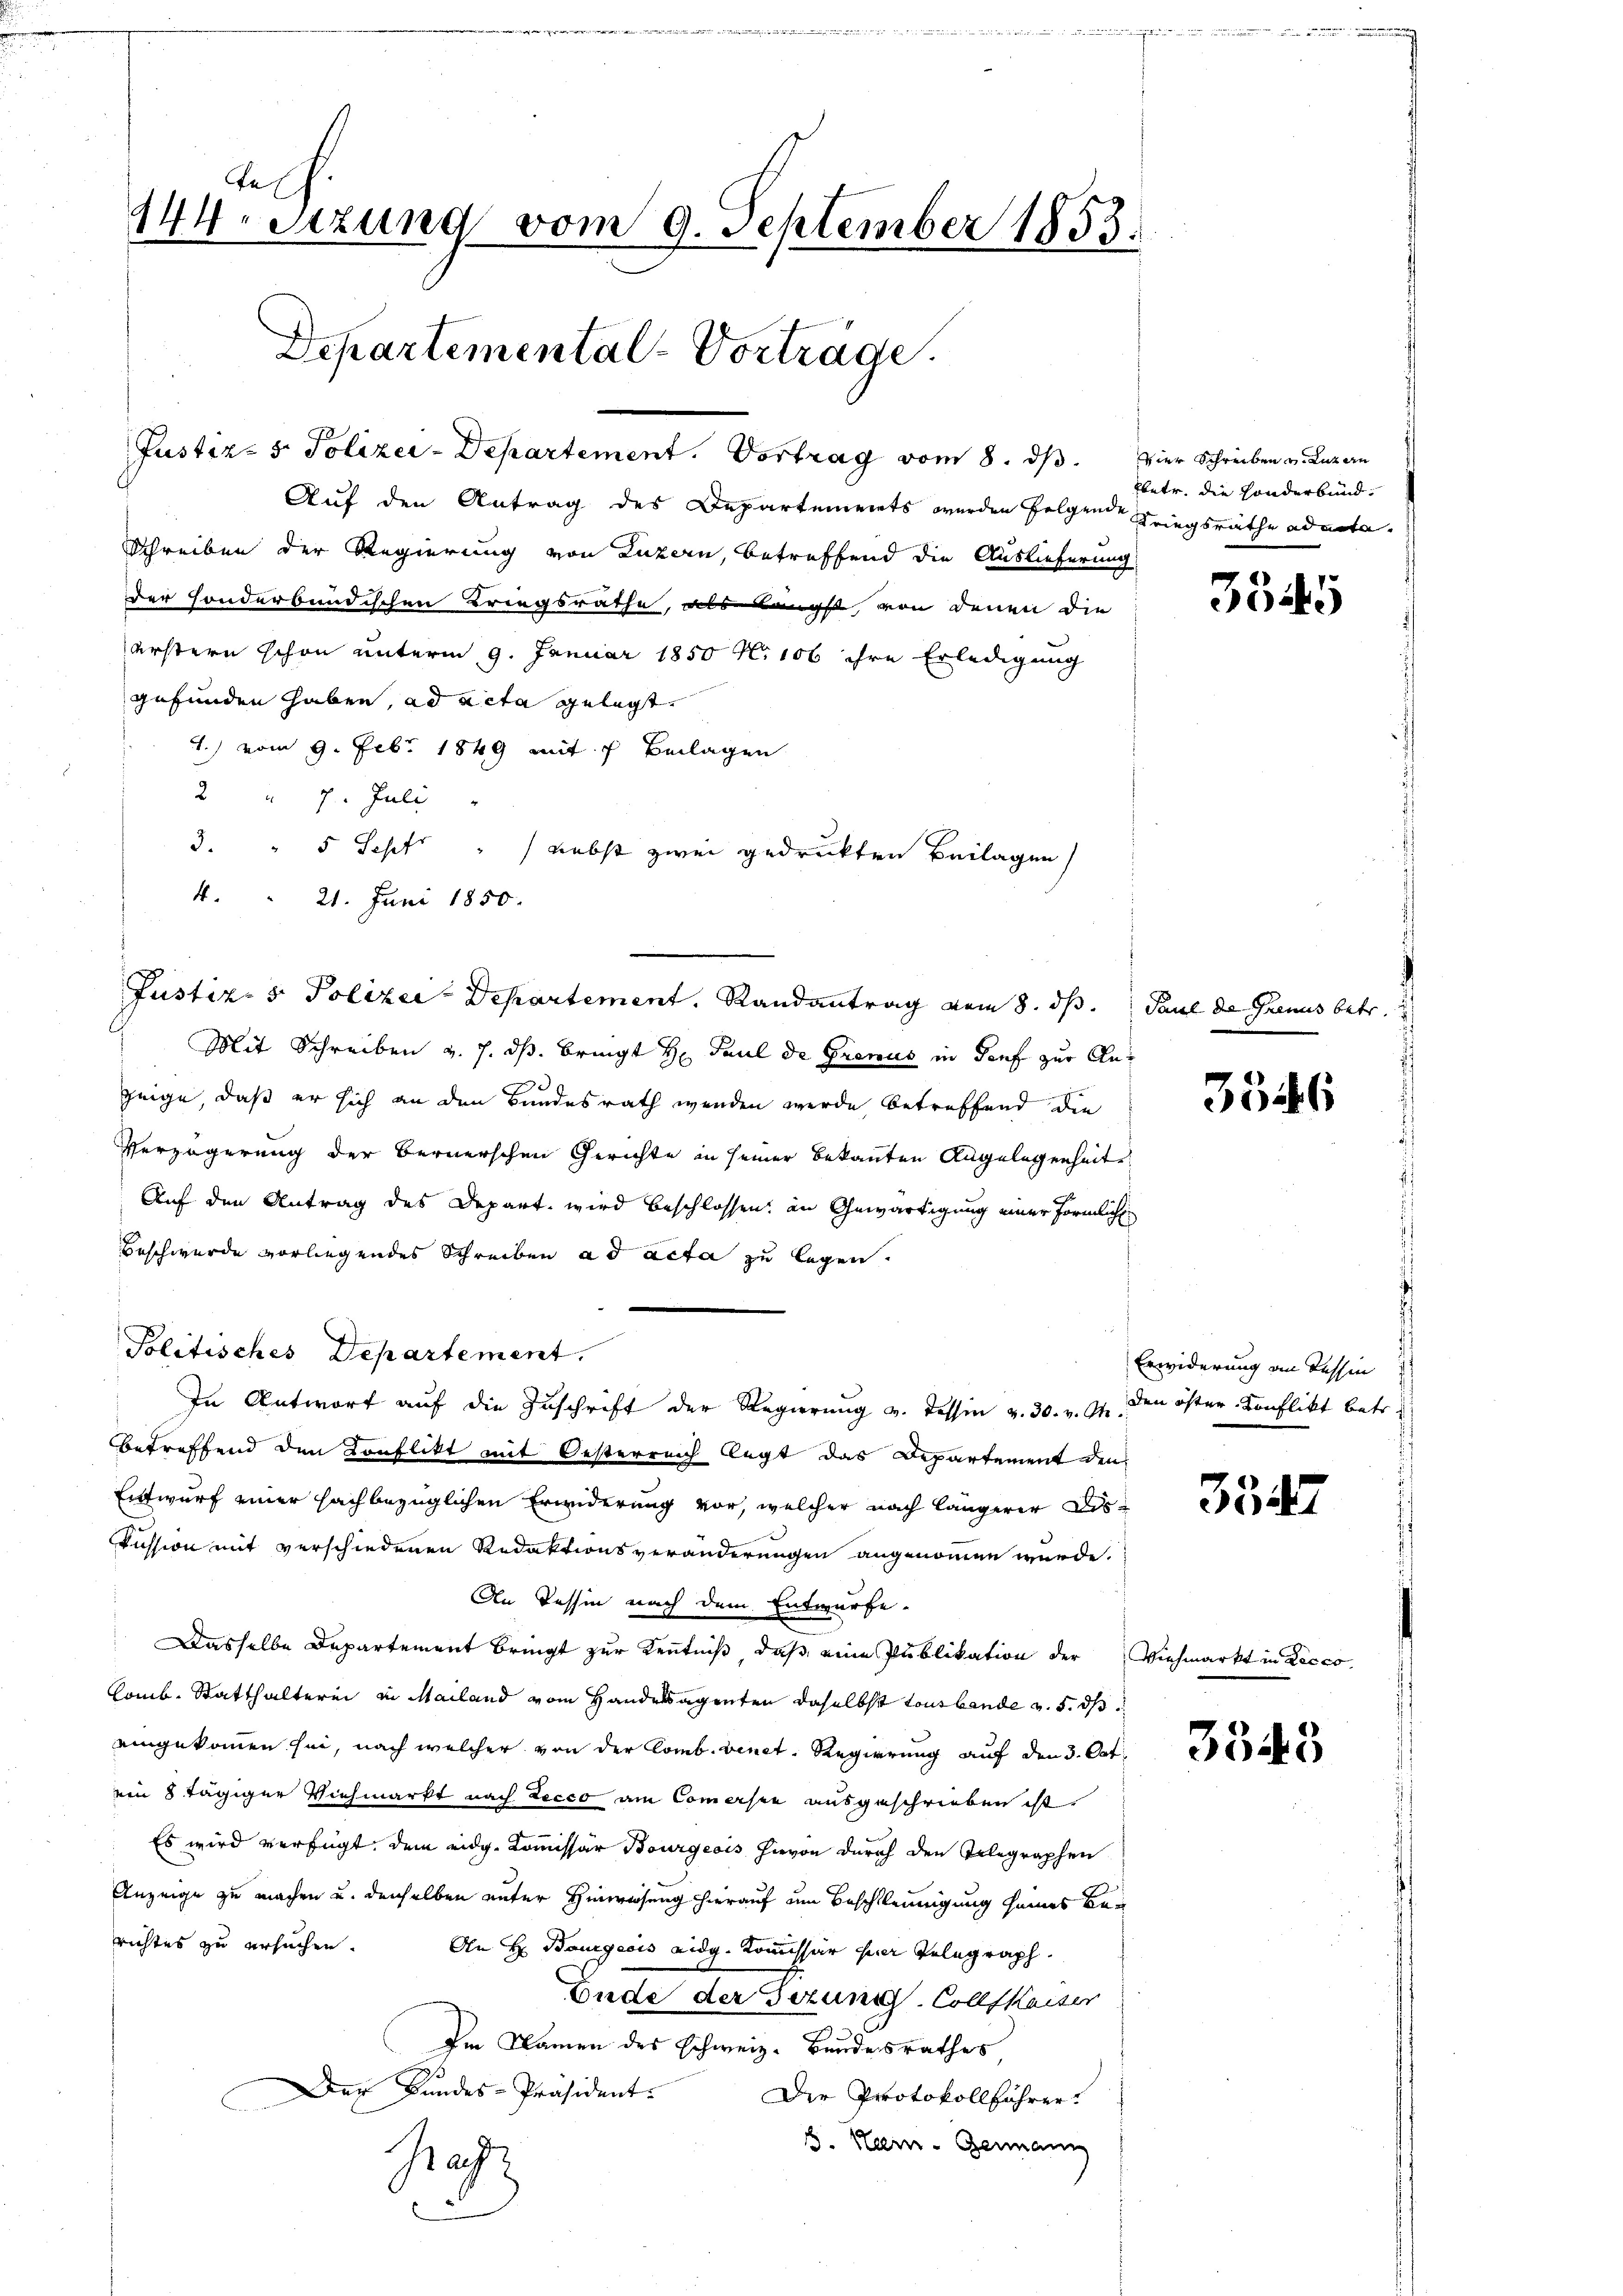
te,
144. Sitzung vom 9. September 1853.
Departemental-Vorträge.

Justiz- & Polizei-Departement. Vortrag vom 8. ds.

Auf den Antrag des Departements werden folgende Kriegsräthe admita¬
Schreiben der Regierung von Luzern, betreffend die Auslieferung
der sonderbundischen Kriegsrathe, als Laupfl, von denen die
erstern schon unterm 9. Januar 1850 No 106 ihre Erledigung
gefunden haben, ad acta gelegt.
1.) vom 9. Febr. 1849 mit 7 Beilagen
2 " 7. Juli
3. " 5 Sepf " nebst zwei gedruckten Beilagen
4. " 21. Juni 1850.
Mit Schreiben v. J. dß. bringt H. Paul de Grenus in dies zur An¬
30
zeige, daß er sich an den Bundesrath wenden werde betreffend die
Verzögerung der Bernerschen Gerichte in seiner bekannten Angelegenheit
Auf den Antrag des Depart wird beschlossen, an Gewärtigung einer förmliche
Beschwerde vorliegendes Schreiben ad acta zu legen.
Politisches Departement.
In Antwort auf die Zuschrift der Regierung v. Tessin v. 30. v. Js. den öster Konflikt betr.
betreffend den Konflikt mit Oesterreich legt das Departement den
Entwurf einer sachbezüglichen Erinderung vor, welcher nach längerer Diskussion mit verschiedenen Redaktionsveränderungen angenommen wurde.
An Tessin nach dem Entwurfe.
Dasselbe Departement bringt zur Kenntniß, daß eine Publikation der
lomb. Statthalterei in Mailand vom Handesagenten daselbst tourbande v. 5. ds
eingekommen sei, nach welcher von der Comb. venet, Regierung auf den 3. Oct.
von 8 tägiger Viehmarkt nach Lecco am Comersie ausgeschrieben ist.
Es wird verfügt, dem eidg. Kommissar Bourgeois hievon durch den Telegraphen
Anzeige zu machen u. denselben unter Hinweisung hierauf um Beschleunigung seines Berichtes zu ersuchen.
An H. Bourgeois eidg. Kommissär hier Telegraph.
Ende der Gezungs-Collfkaiser
Im Namen des Schweiz. Bundesrathes
Der Bundes-Präsident.
Der Protokollführer.
B. Har-Germann
Hag

Justiz- & Polizei-Departement, Randantrag vom 8. ds. Paul de Grenus betr.

vier Schreiben v. Luzern
Ebetr. die sonderbund

3545

3546

Erwiderung an dessin

334

Viehmarkt in Lecco

3343